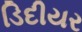
ડિદીયર